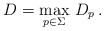
LaTeX: \begin{align*} D = \max_{p \in \Sigma} \, D_p \,.\end{align*}